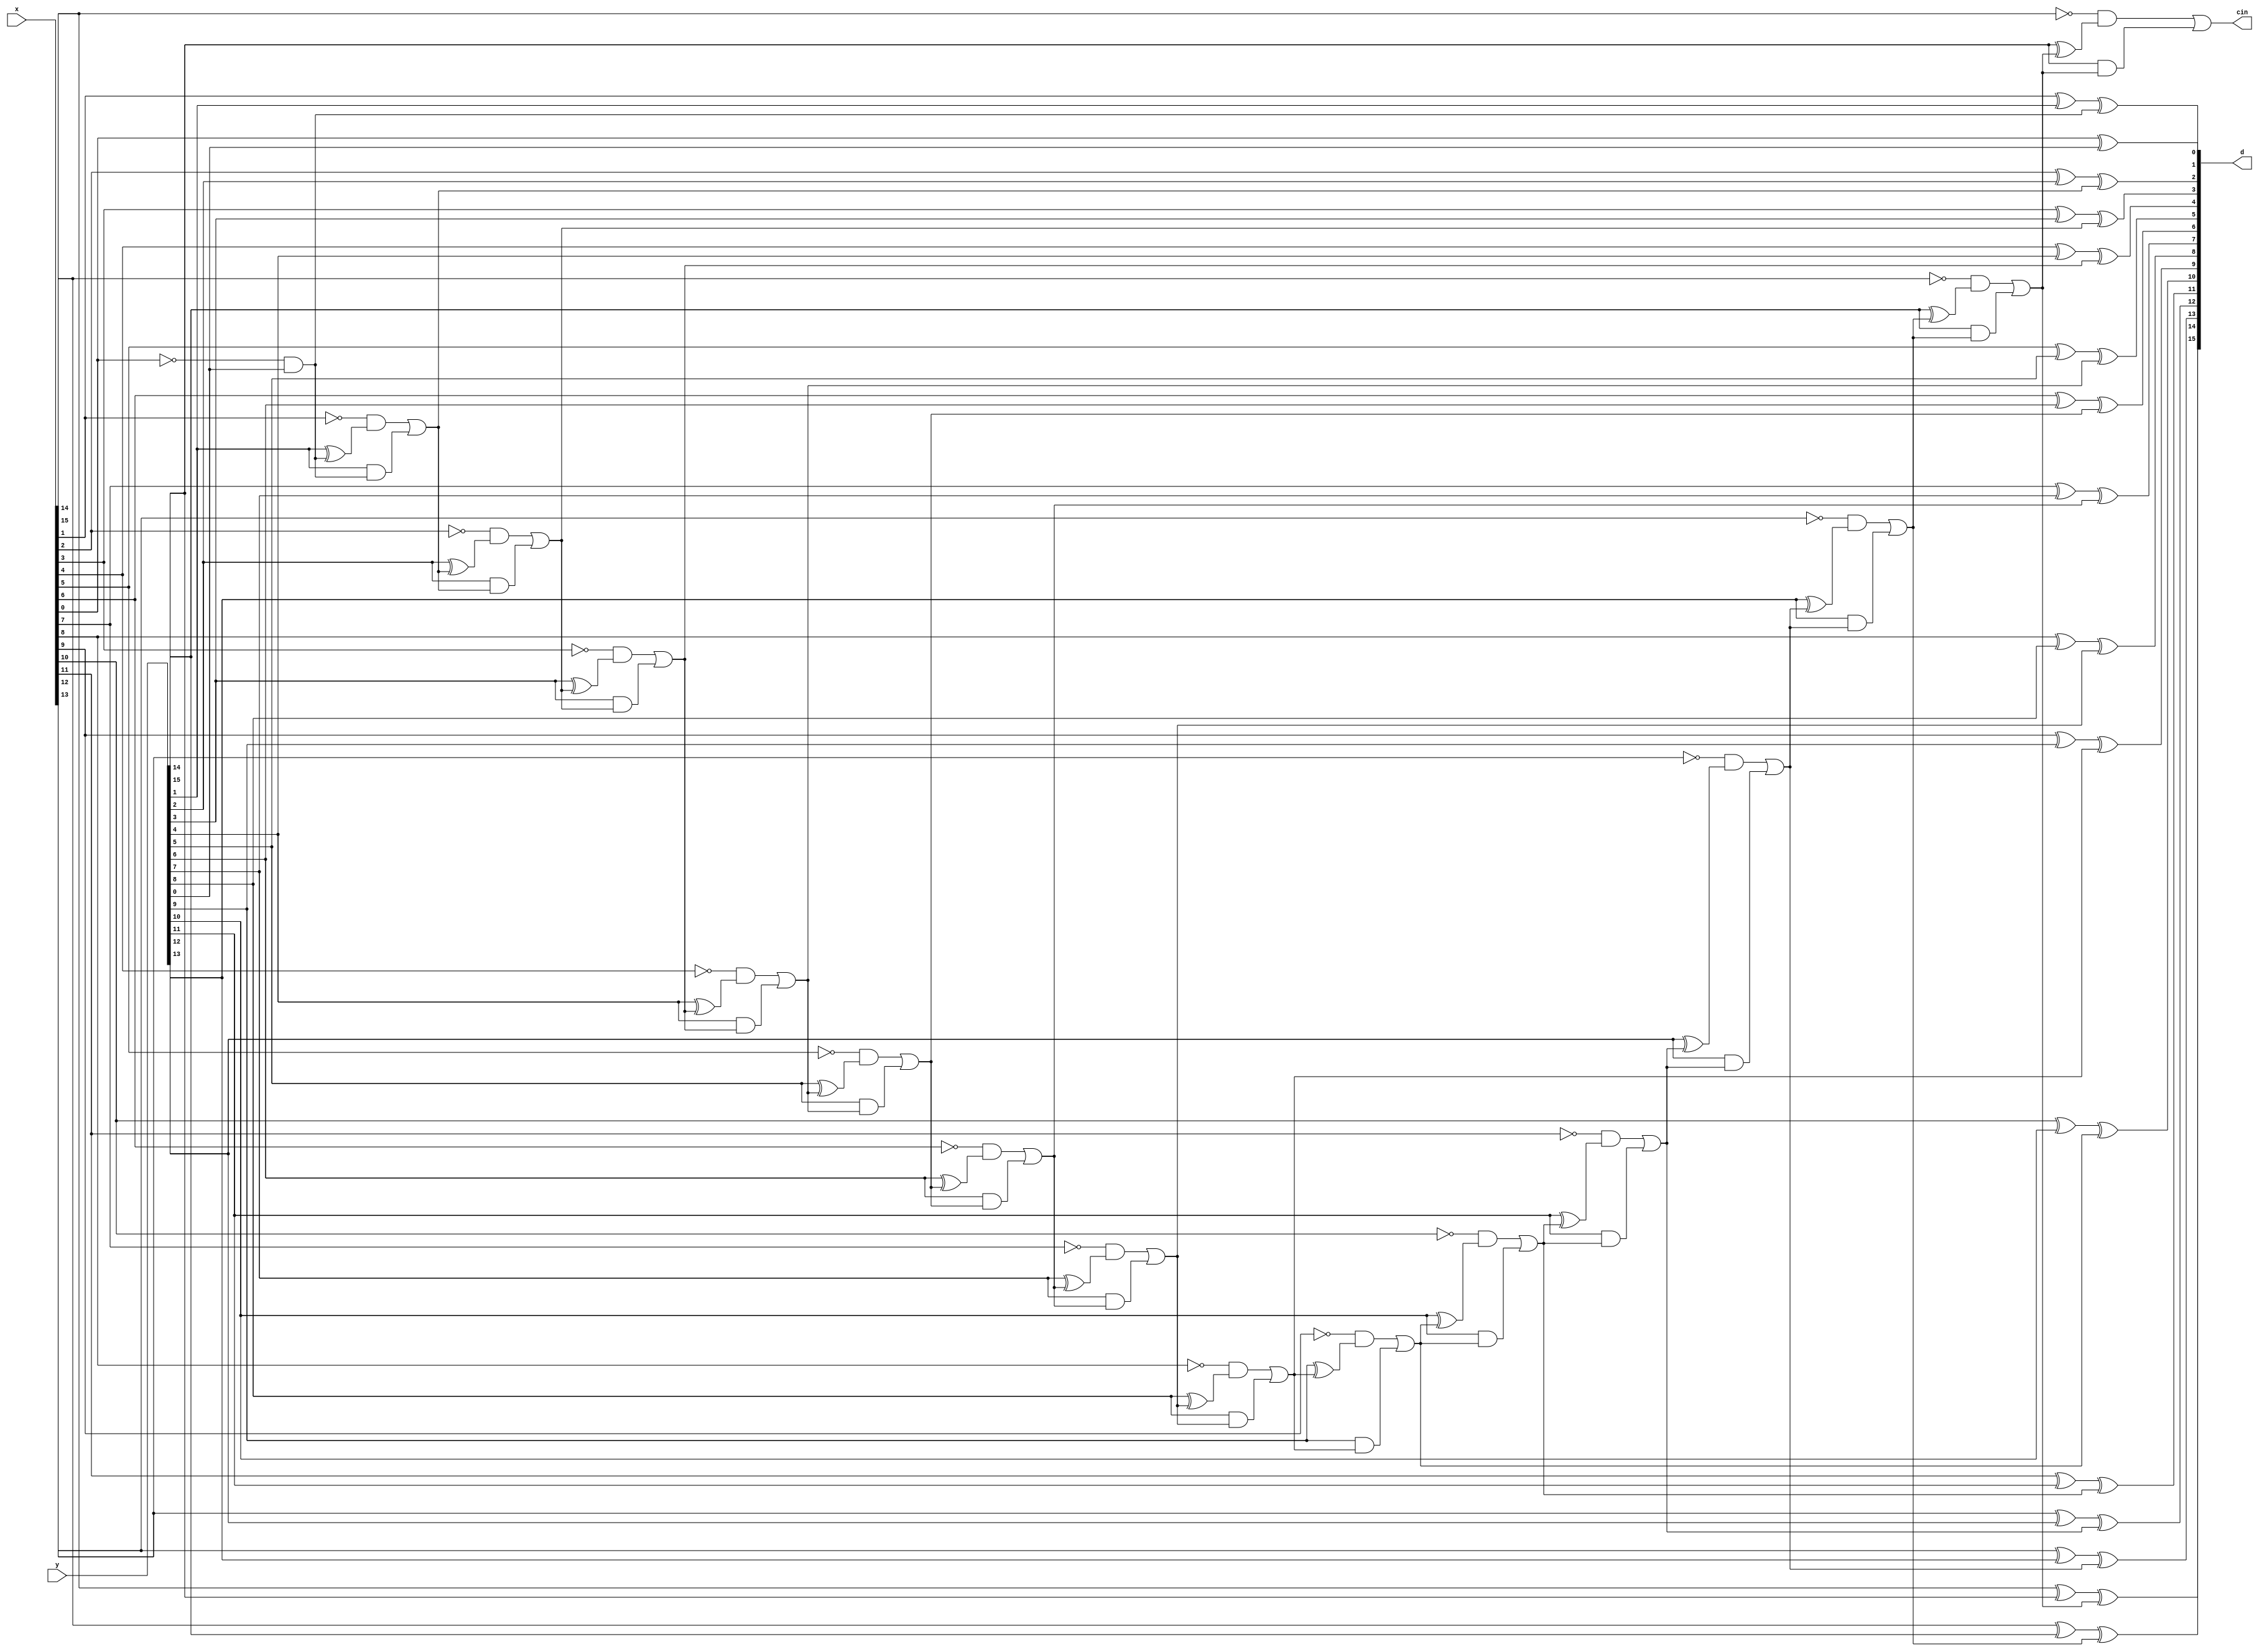
`timescale 1ns / 1ps
//////////////////////////////////////////////////////////////////////////////////
// Company: 
// Engineer: 
// 
// Design Name: 
// Module Name: subn
// Project Name: 
// Target Devices: 
// Tool Versions: 
// Description: 
// 
// Dependencies: 
// 
// Revision:
// Revision 0.01 - File Created
// Additional Comments:
// 
//////////////////////////////////////////////////////////////////////////////////


module subn(x, y, d,cin);
  parameter n=16;

  input [n-1:0] x;
  input [n-1:0] y;
  output reg[n-1:0] d; //diff
  output reg cin; //borrow from high bit
  reg [n:0] c;
  integer k;

  always @(x,y) begin
    c[0] = 1'b0;
	 for(k = 0; k < n; k = k + 1) begin
	   d[k] = x[k]^y[k]^c[k];
		c[k+1] = (~x[k]&(y[k]^c[k]))|(y[k]&c[k]);
	 end
	 cin = c[n];

  end

endmodule